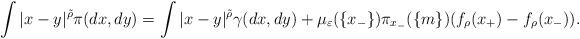
LaTeX: \begin{align*}\int\vert x-y \vert^{\tilde \rho} \pi(dx,dy) = \int\vert x-y \vert^{\tilde \rho} \gamma(dx,dy)+ \mu_\varepsilon(\{x_-\})\pi_{x_-}(\{m\})&(f_\rho(x_+)-f_\rho(x_-)).\end{align*}